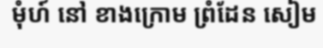
មុំហ៍ នៅ ខាងក្រោម ព្រំដែន សៀម